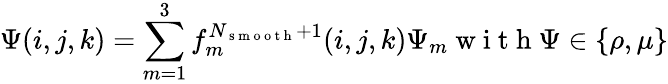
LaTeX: \Psi(i,j,k)=\sum_{m=1}^{3}f_{m}^{N_{\mathrm{~s~m~o~o~t~h~}}+1}(i,j,k)\Psi_{m}\mathrm{~w~i~t~h~}\Psi\in\{ \rho,\mu\}